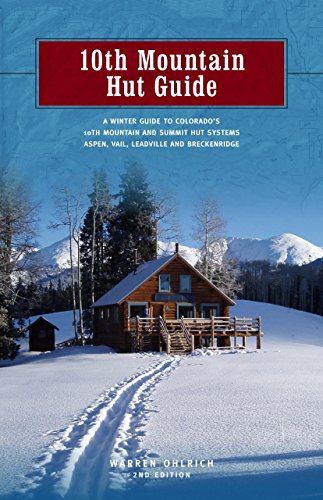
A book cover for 10th Mountain Hut Guide, 2nd: A Winter Guide to Colorado's Tenth Mountain and Summit Hut Systems near Aspen, Vail, Leadville and Breckenridge; Warren Ohlrich; Travel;